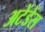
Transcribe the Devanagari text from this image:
अटेंडेंस